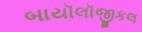
બાયૉલૉજીકલ